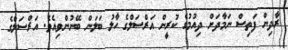
ރާދިން ފަތިސް ނަމާދަށް ދިއުމުގެ ކުރީން އަރްސަލްގެ ހާލު ބަލަން ބޭނުންވިއެވެ. އަރްސަލްގެ